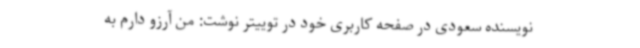
نویسنده سعودی در صفحه کاربری خود در توییتر نوشت: من آرزو دارم به